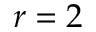
r = 2